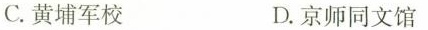
C.黄埔军校 D.京师同文馆